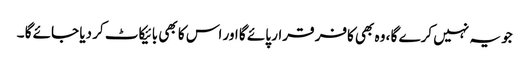
جو یہ نہیں کرے گا ، وہ بھی کافر قرار پائے گا اور اس کا بھی بائیکاٹ کر دیا جائے گا ۔